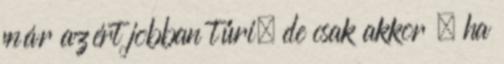
már azért jobban tűri, de csak akkor , ha